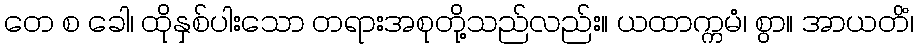
တေ စ ခေါ၊ ထိုနှစ်ပါးသော တရားအစုတို့သည်လည်း။ ယထာက္ကမံ၊ စွာ။ အာယတိံ၊